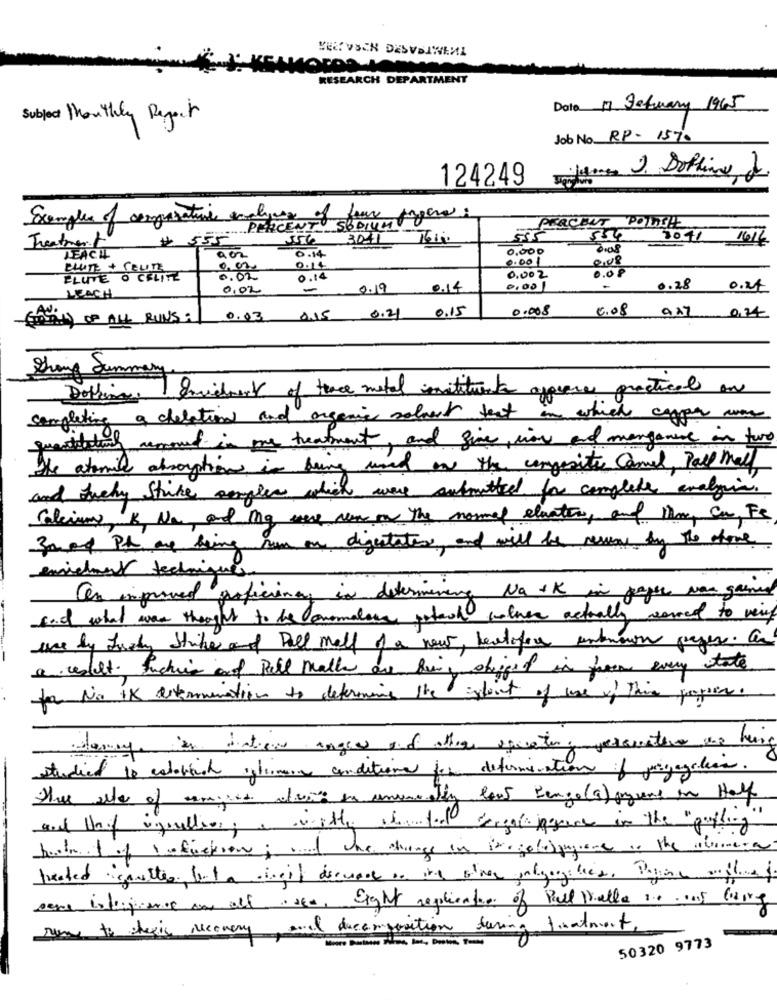
MERVSEN DESVAIWEML
RESEARCH DEPARTMENT
Data 17 Jatuary 1965
Subject Monthly Report
Job No RP- 1570
124249
Examples of comparative values of four pagina:
# SE PERCENT
PERCENT POIDSSIE
556
534 3041 1616
Treatment
0,000
0.08
REACH
0.14
0.001
008
FLUTE + COUTE
0.14
0.08
FLUTE O CELITE
0.02
0.14
0.002
0,02
0.19
0.14
0.001
0.28
0.24
LEACH
0.15
0.008
0.08
(s) OF ALL RUNS :
0.03 015
0.21
9.27 0.74
Grong Summe
Dokking. Envielment of trace metal mittente appeares practical an
completing a chelation and organic select test in which copper was
quantobank acmoved in one treatment, and five cion and manganese in two
The atomic absorption in being used on the composite Camel, Pall mall
and fucky Strike amples which were submitted for complete analyin.
Calciumy, B, Na, and mq were ren on the normal elevator, and 1m, con Fe
30 of Ph are being run on digestato, and will be ressons by the stone
enrichment technique
an improved proficiency in determining Na +K in pager was gained
send what was thought to he lowomalies gotach volver actually serred to very
use by Fordy Strikes and Pall mall of a new, beatifor unknown pages. a
a result fucking and Pall mall are fine shipped in from every state
to No ik determination to determine the extent of love of this paper.
damage in dintien anges and other aguantar ; perometero una huis
2
studied to establish glimern conditions for determination of pagegation.
Her alto of congress divis on unureally low tengo (a) pyren in Half
and thif igurallies; a wiithey wanted sergali pagare in the "guffing"
boote f of infiction ; and the things in in golddigione .. the formera
sere lotingianos was all isee, Eight replicator of Paul Della 1 ... .. Going
rum to cheris recovery and decomposition during firatment
50320 9773